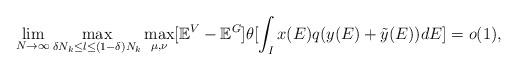
LaTeX: \begin{align*} \lim_{N \rightarrow \infty} \max_{\delta N_k \leq l \leq (1-\delta)N_k } \max_{\mu, \nu}[\mathbb{E}^V-\mathbb{E}^G] \theta [\int_I x(E)q(y(E)+\tilde{y}(E))dE]=o(1),\end{align*}